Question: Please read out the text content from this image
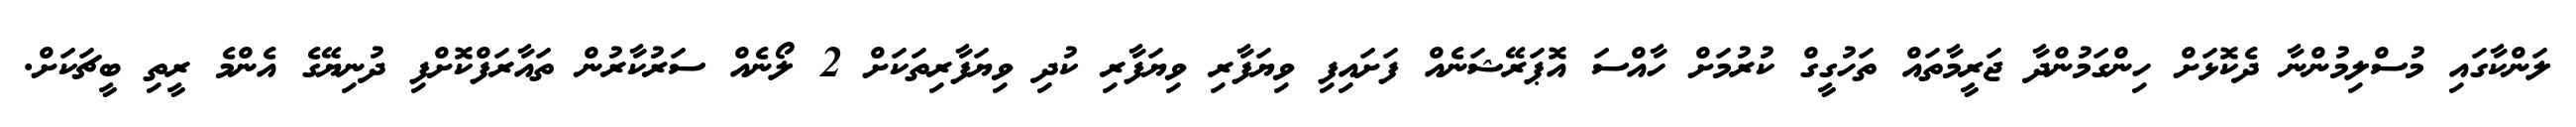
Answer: ލަންކާގައި މުސްލިމުންނާ ދެކޮޅަށް ހިންގަމުންދާ ޖަރީމާތައް ތަހުގީގް ކުރުމަށް ހާއްސަ އޮޕަރޭޝަނެއް ފަށައިފި ވިޔަފާރި ވިޔަފާރި ކުދި ވިޔަފާރިތަކަށް 2 ލޯނެއް ސަރުކާރުން ތައާރަފްކޮށްފި ދުނިޔޭގެ އެންމެ ރީތި ބީޗަކަށް.